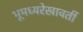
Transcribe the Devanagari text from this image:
भूमध्यरेखावर्ती